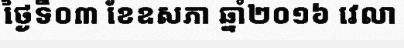
ថ្ងៃទី០៣ ខែឧសភា ឆ្នាំ២០១៦ វេលា